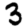
Digit: 3